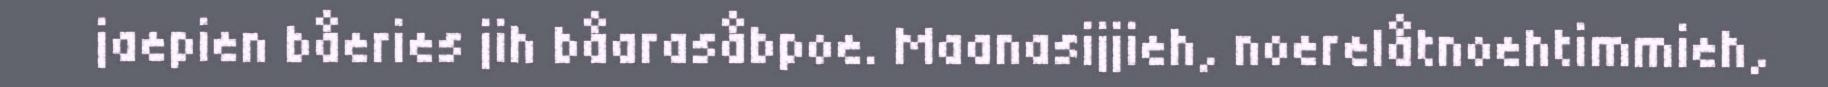
jaepien båeries jih båarasåbpoe. Maanasijjieh, noerelåtnoehtimmieh,